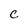
Character: c